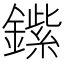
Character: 𲇡